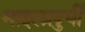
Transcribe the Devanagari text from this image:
माइलादुर्यी